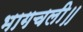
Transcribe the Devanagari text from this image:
भागचली॥